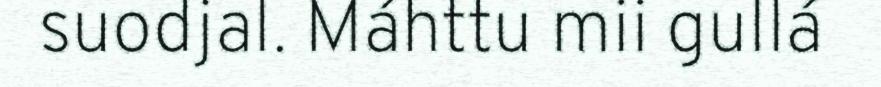
suodjal. Máhttu mii gullá